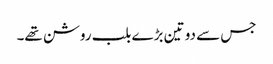
جس سے دو تین بڑے بلب روشن تھے۔